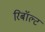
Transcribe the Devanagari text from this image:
रिबॉल्ट